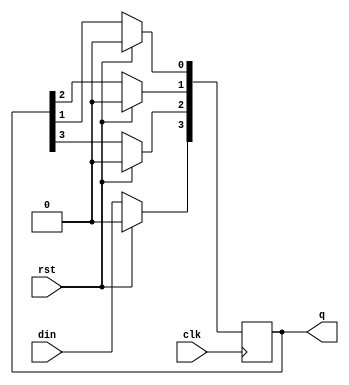
module sipo(input clk,rst,din,output reg [3:0]q);
  always @(posedge clk)begin
    if(rst)
      q<=0;
    else begin
      q[3]<=din;
      q[2]<=q[3];
      q[1]<=q[2];
      q[0]<=q[1];
    end
  end
endmodule


module tb;
  reg clk,rst,din;
  wire [3:0]q;
  
  sipo dut(clk,rst,din,q);
  always #5 clk = ~clk;
  initial begin
    clk=0;rst=1;
    #10 rst=0;din=0;
    #10 din=1;
    #10 din=1;
    #10 din=0;
    #100 $finish();
  end
  initial
    $monitor($time,"clk=%b,rst=%b,din=%b,q=%b",clk,rst,din,q);
endmodule